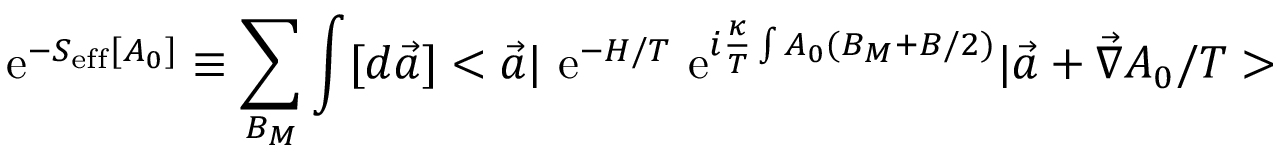
\mathrm { ~ e } ^ { - S _ { \mathrm { e f f } } [ A _ { 0 } ] } \equiv \sum _ { B _ { M } } \int [ d \vec { a } ] < \vec { a } \vert \mathrm { ~ e } ^ { - H / T } \mathrm { ~ e } ^ { i \frac { \kappa } { T } \int A _ { 0 } ( B _ { M } + B / 2 ) } \vert \vec { a } + \vec { \nabla } A _ { 0 } / T >